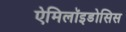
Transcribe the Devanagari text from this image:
ऐमिलॉइडोसिस